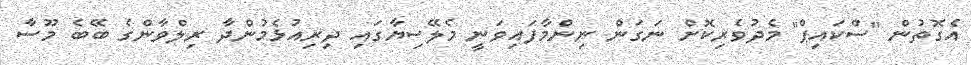
އެގޮތުން "ސްކައިޕް" މެދުވެރިކޮށް ނަގަން ނިންމާފައިވަނީ މެލޭސިޔާގައި ދިރިއުޅެމުންދާ ރިލްވާންގެ ބޭބެ މޫސާ